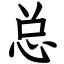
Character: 总